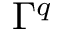
\Gamma ^ { q }